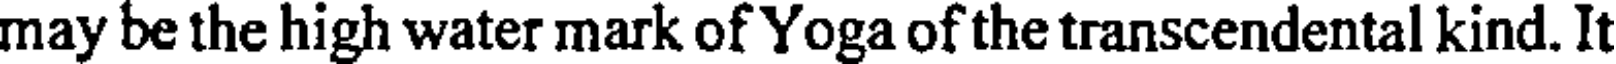
may be the high water mark of Yoga of the transcendental kind. It